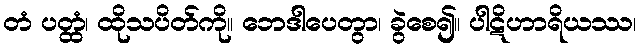
တံ ပတ္ထံ၊ ထိုသပိတ်ကို။ ဘေဒါပေတွာ၊ ခွဲစေ၍။ ပါဋိဟာရိယဿ၊